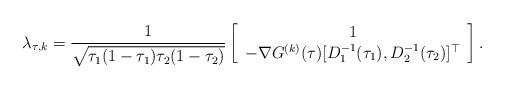
LaTeX: \begin{align*}\lambda_{\tau, k}=\frac{1}{\sqrt{\tau_{1}(1-\tau_{1})\tau_{2}(1-\tau_{2})}}\left[\begin{array}[c]{c}1\\-\nabla G^{(k)}(\tau)[D_{1}^{-1}(\tau_{1}),D_{2}^{-1}(\tau_{2})]^{\top}\end{array}\right] . \end{align*}